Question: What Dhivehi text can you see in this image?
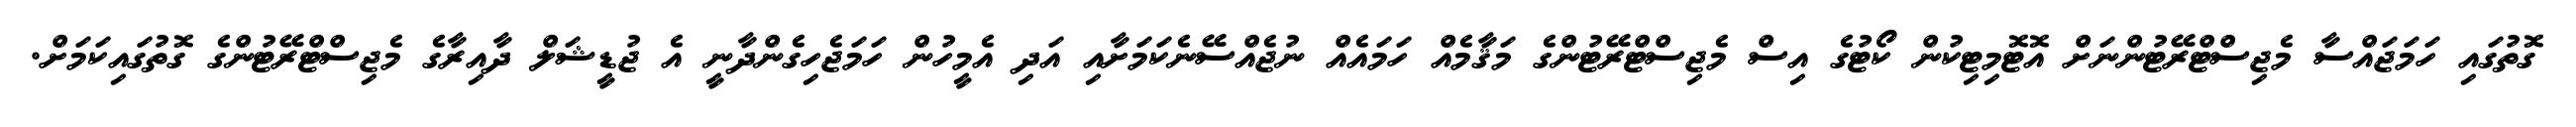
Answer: ގޮތުގައި ހަމަޖައްސާ މެޖިސްޓްރޭޓުންނަށް އޮޓޮމިޓިކުން ކޯޓުގެ އިސް މެޖިސްޓްރޭޓުންގެ މަޤާމެއް ހަމައެއް ނުޖެއްސޭނެކަމަށާއި އަދި އެމީހުން ހަމަޖެހިގެންދާނީ އެ ޖުޑީޝަލް ދާއިރާގެ މެޖިސްޓްރޭޓުންގެ ގޮތުގައިކަމަށް.